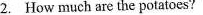
2. How much are the potatoes?